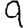
Digit: 9